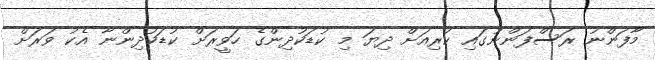
މާފަންނު ރަސްފަންނުގައި ކުރިއަށް ދިޔަ މި ކުޑަކުދިންގެ ހަވީރަށް ކުޑަކުދިންނާ އެކު ވަރަށް